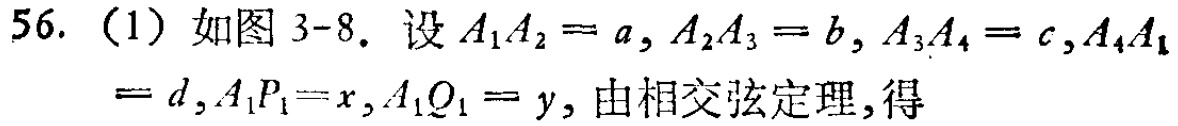
56. （1）如图 3-8. 设 \(A_{1}A_{2}=a,A_{2}A_{3}=b,A_{3}A_{4}=c,A_{4}A_{1}=d,A_{1}P_{1}=x,A_{1}Q_{1}=y\)，由相交弦定理，得